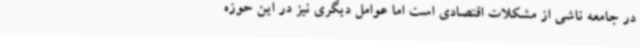
در جامعه ناشی از مشکلات اقتصادی است اما عوامل دیگری نیز در این حوزه